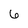
Character: 6